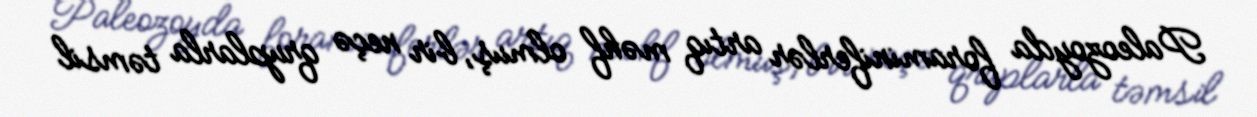
Paleozoyda foraminiferlər artıq məhf olmuş, bir neçə qruplarla təmsil